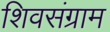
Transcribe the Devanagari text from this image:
शिवसंग्राम